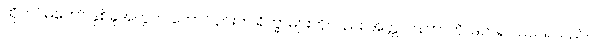
ထိုတပ်မတော် နှစ်ခုအတွက် တောင်ပိုင်းက ရိက္ခာများကိုလည်း အတ္တလန်တာကို ဖြတ်၍ သယ်ရသည်။